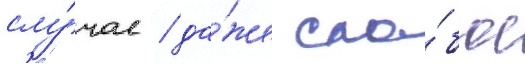
слу́чае / да́же сла́бое